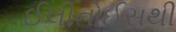
ઈલીનોઈસથી